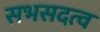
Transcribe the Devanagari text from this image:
सभसदत्व